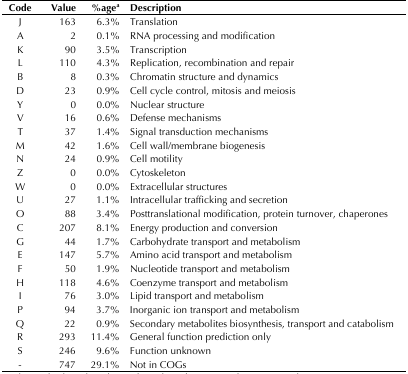
<table><thead><tr><td><b>Code</b></td><td><b>Value</b></td><td><b>%age<sup>a</sup></b></td><td><b>Description</b></td></tr></thead><tbody><tr><td>J</td><td>163</td><td>6.3%</td><td>Translation</td></tr><tr><td>A</td><td>2</td><td>0.1%</td><td>RNA processing and modification</td></tr><tr><td>K</td><td>90</td><td>3.5%</td><td>Transcription</td></tr><tr><td>L</td><td>110</td><td>4.3%</td><td>Replication, recombination and repair</td></tr><tr><td>B</td><td>8</td><td>0.3%</td><td>Chromatin structure and dynamics</td></tr><tr><td>D</td><td>23</td><td>0.9%</td><td>Cell cycle control, mitosis and meiosis</td></tr><tr><td>Y</td><td>0</td><td>0.0%</td><td>Nuclear structure</td></tr><tr><td>V</td><td>16</td><td>0.6%</td><td>Defense mechanisms</td></tr><tr><td>T</td><td>37</td><td>1.4%</td><td>Signal transduction mechanisms</td></tr><tr><td>M</td><td>42</td><td>1.6%</td><td>Cell wall/membrane biogenesis</td></tr><tr><td>N</td><td>24</td><td>0.9%</td><td>Cell motility</td></tr><tr><td>Z</td><td>0</td><td>0.0%</td><td>Cytoskeleton</td></tr><tr><td>W</td><td>0</td><td>0.0%</td><td>Extracellular structures</td></tr><tr><td>U</td><td>27</td><td>1.1%</td><td>Intracellular trafficking and secretion</td></tr><tr><td>O</td><td>88</td><td>3.4%</td><td>Posttranslational modification, protein turnover, chaperones</td></tr><tr><td>C</td><td>207</td><td>8.1%</td><td>Energy production and conversion</td></tr><tr><td>G</td><td>44</td><td>1.7%</td><td>Carbohydrate transport and metabolism</td></tr><tr><td>E</td><td>147</td><td>5.7%</td><td>Amino acid transport and metabolism</td></tr><tr><td>F</td><td>50</td><td>1.9%</td><td>Nucleotide transport and metabolism</td></tr><tr><td>H</td><td>118</td><td>4.6%</td><td>Coenzyme transport and metabolism</td></tr><tr><td>I</td><td>76</td><td>3.0%</td><td>Lipid transport and metabolism</td></tr><tr><td>P</td><td>94</td><td>3.7%</td><td>Inorganic ion transport and metabolism</td></tr><tr><td>Q</td><td>22</td><td>0.9%</td><td>Secondary metabolites biosynthesis, transport and catabolism</td></tr><tr><td>R</td><td>293</td><td>11.4%</td><td>General function prediction only</td></tr><tr><td>S</td><td>246</td><td>9.6%</td><td>Function unknown</td></tr><tr><td>-</td><td>747</td><td>29.1%</td><td>Not in COGs</td></tr></tbody></table>